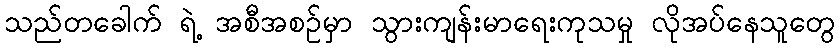
သည်တခေါက် ရဲ့ အစီအစဉ်မှာ သွားကျန်းမာရေးကုသမှု လိုအပ်နေသူတွေ